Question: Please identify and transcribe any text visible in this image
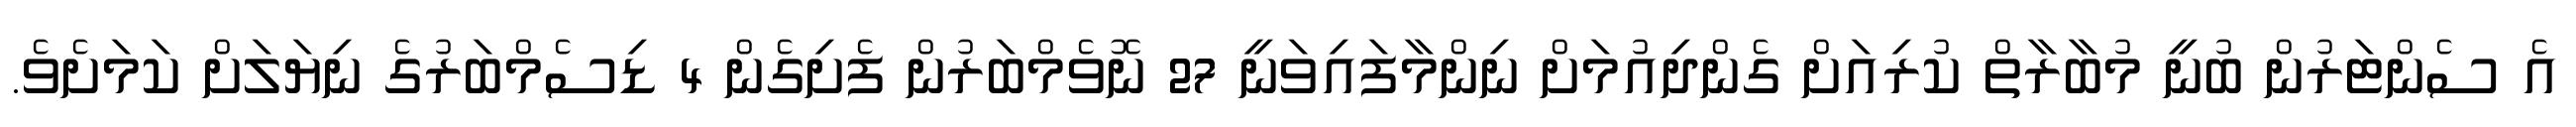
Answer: އެ ސެންޓަރުން ބުނީ މުބާރާތް ކުރިއަށް ގެންދިއުމަށް ނިންމާފައިވަނީ 27 ނޮވެމްބަރުން ފެށިގެން 4 ޑިސެމްބަރުގެ ނިޔަލަށް ކަމަށެވެ.